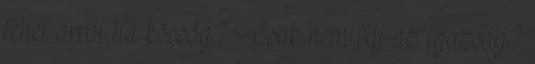
tehet arról ha köcsög? Csak nem fáj az igazság?